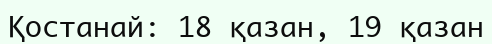
Қостанай: 18 қазан, 19 қазан